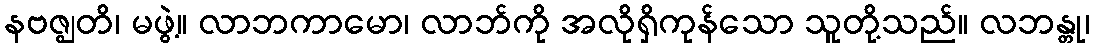
နဗဇ္ဈတိ၊ မဖွဲ့။ လာဘကာမော၊ လာဘ်ကို အလိုရှိကုန်သော သူတို့သည်။ လဘန္တု၊